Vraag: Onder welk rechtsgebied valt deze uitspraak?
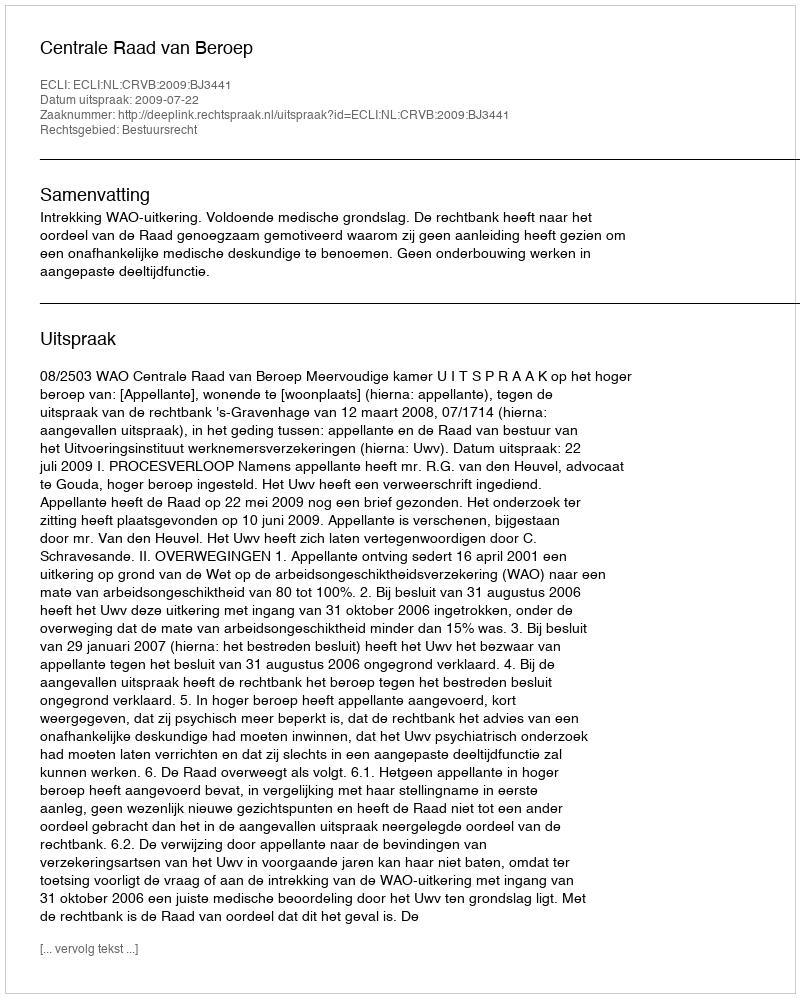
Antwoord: Bestuursrecht